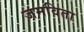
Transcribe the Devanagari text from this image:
जमविता